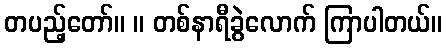
တပည့်တော်။ ။ တစ်နာရီခွဲလောက် ကြာပါတယ်။